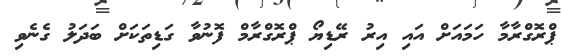
ޕްރޮގްރާމާ ހަމައަށް އައި އިރު ރޭޑިޔޯ ޕްރޮގްރާމް ފޮނުވާ ގަޑިތަކަށް ބަދަލު ގެނެވި